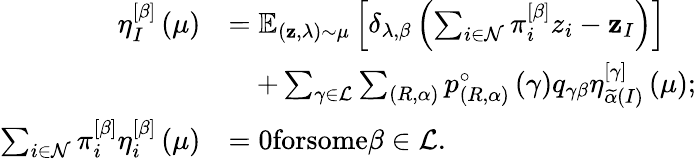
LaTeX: \begin{array}{rl}{\eta_{I}^{\left[\beta\right]}\left(\mu\right)}&{=\mathbb{E}_{\left(\mathbf{z},\lambda\right)\sim\mu}\left[\delta_{\lambda,\beta}\left(\sum_{i\in\mathcal{N}}\pi_{i}^{\left[\beta\right]}z_{i}-\mathbf{z}_{I}\right)\right]}\\ &{\quad+\sum_{\gamma\in\mathcal{L}}\sum_{\left(R,\alpha\right)}p_{\left(R,\alpha\right)}^{\circ}\left(\gamma\right)q_{\gamma\beta}\eta_{\widetilde{\alpha}\left(I\right)}^{\left[\gamma\right]}\left(\mu\right);}\\ {\sum_{i\in\mathcal{N}}\pi_{i}^{\left[\beta\right]}\eta_{i}^{\left[\beta\right]}\left(\mu\right)}&{=0\textrm{forsome}\beta\in\mathcal{L}.}\end{array}